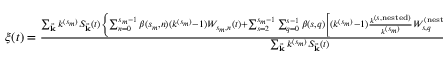
\begin{array} { r } { \xi ( t ) = \frac { \sum _ { \vec { \mathbf { k } } } k ^ { ( s _ { m } ) } S _ { \vec { \mathbf { k } } } ( t ) \left\{ \sum _ { n = 0 } ^ { s _ { m } - 1 } \beta ( s _ { m } , n ) ( k ^ { ( s _ { m } ) } - 1 ) W _ { s _ { m } , n } ( t ) + \sum _ { s = 2 } ^ { s _ { m } - 1 } \sum _ { q = 0 } ^ { s - 1 } \beta ( s , q ) \left[ ( k ^ { ( s _ { m } ) } - 1 ) \frac { k ^ { ( s , \mathrm { n e s t e d } ) } } { k ^ { ( s _ { m } ) } } W _ { s , q } ^ { ( \mathrm { n e s t e d } ) } ( t ) + k ^ { ( s , \mathrm { f r e e } ) } W _ { s , q } ^ { ( \mathrm { f r e e } ) } ( t ) \right] \right\} } { \sum _ { \vec { \mathbf { k } } } k ^ { ( s _ { m } ) } S _ { \vec { \mathbf { k } } } ( t ) } . } \end{array}